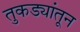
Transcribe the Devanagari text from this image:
तुकड्यांतून